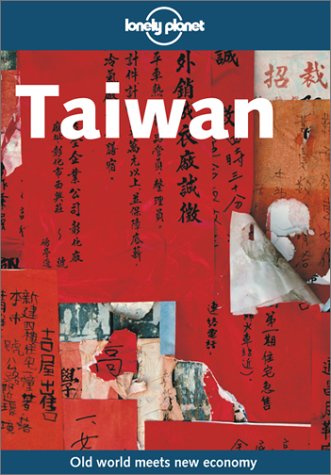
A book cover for Lonely Planet Taiwan; Robert Storey; Travel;